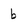
Character: b